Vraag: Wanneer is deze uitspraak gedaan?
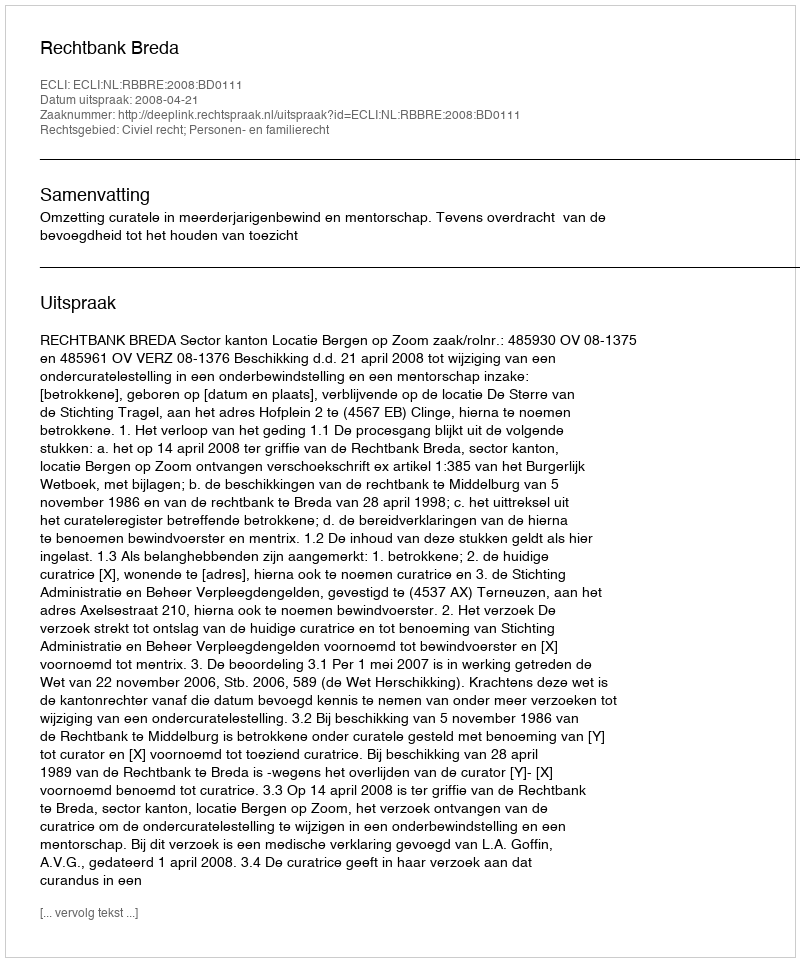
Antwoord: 2008-04-21